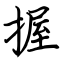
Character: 握